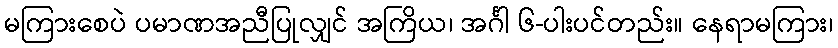
မကြားစေပဲ ပမာဏအညီပြုလျှင် အကြိယ၊ အင်္ဂါ ၆-ပါးပင်တည်း။ နေရာမကြား၊